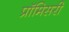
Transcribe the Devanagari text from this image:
प्रॉमिसरी